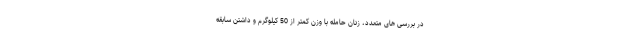
در بررسی های متعدد، زنان حامله با وزن کمتر از 50 کیلوگرم و داشتن سابقه